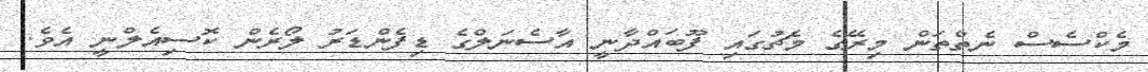
މެކްސެސް ނެތްތަން މިރޭގެ މެޗުގައި ފޫބައްދާނީ އާސެނަލްގެ ޑިފެންޑަރު ލޯރެން ކޮސިއެލްނީ އެވެ.